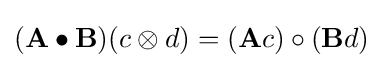
(\mathbf {A} \bullet \mathbf {B} )(c\otimes d)=(\mathbf {A} c)\circ (\mathbf {B} d)